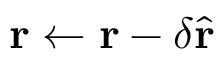
\mathbf r \gets \mathbf r - \delta \hat { \mathbf r }